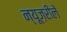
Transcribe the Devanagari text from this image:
न्यूज़रीलें